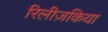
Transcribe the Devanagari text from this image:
रिलीज़किया